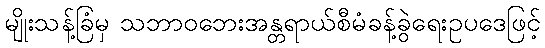
မျိုးသန့်ခြံမှ သဘာဝဘေးအန္တရာယ်စီမံခန့်ခွဲရေးဥပဒေဖြင့်